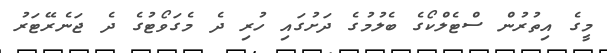
މީގެ އިތުރުން ސްޓެލްކޯގެ ބެލުމުގެ ދަށުގައި ހުރި ދެ މެގަވޯޓުގެ ދެ ޖަނެރޭޓަރު